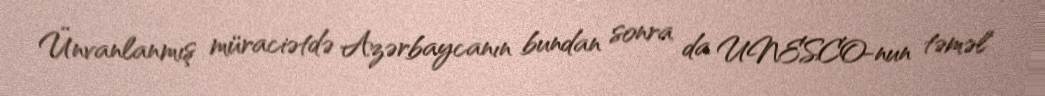
Ünvanlanmış müraciətdə Azərbaycanın bundan sonra da UNESCO-nun təməl